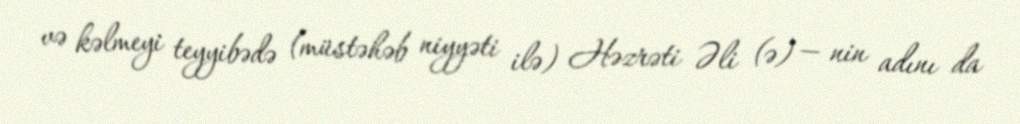
və kəlmeyi teyyibədə (müstəhəb niyyəti ilə) Həzrəti Əli (ə) — nin adını da